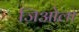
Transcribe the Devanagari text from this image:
जिओला